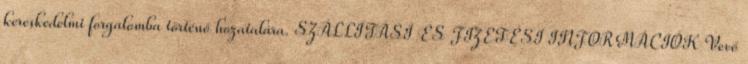
kereskedelmi forgalomba történő hozatalára. SZÁLLÍTÁSI ÉS FIZETÉSI INFORMÁCIÓK Vevő